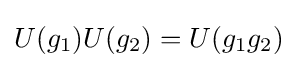
U(g_{1})U(g_{2})=U(g_{1}g_{2})